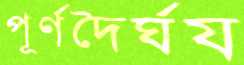
পূর্ণদৈর্ঘয